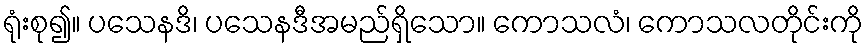
ရုံးစု၍။ ပသေနဒိ၊ ပသေနဒီအမည်ရှိသော။ ကောသလံ၊ ကောသလတိုင်းကို